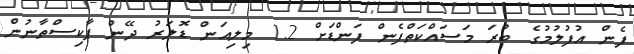
ފެން އުފުލުމުގެ ބުރަ މަސައްކަތްފެން ފަންޑަށް 1.2 މިލިއަން ޑޮލަރު ދޭން ޕާކިސްތާނުން